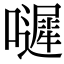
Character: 𡂙